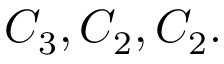
C _ { 3 } , C _ { 2 } , C _ { 2 } .